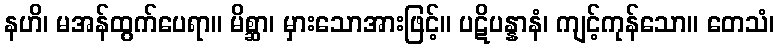
နဟိ၊ မအန်ထွက်ပေရာ။ မိစ္ဆာ၊ မှားသောအားဖြင့်။ ပဋိပန္နာနံ၊ ကျင့်ကုန်သော။ တေသံ၊